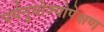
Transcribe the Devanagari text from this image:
पर्यनुयोज्योपेक्षण